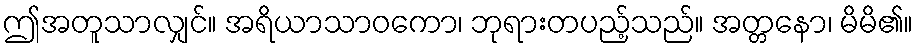
ဤအတူသာလျှင်။ အရိယာသာဝကော၊ ဘုရားတပည့်သည်။ အတ္တနော၊ မိမိ၏။